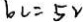
b c = 5 v